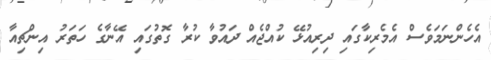
އެހެންނަމަވެސް އެމެރިކާގައި ދިރިއުޅޭ ކުއްޖެއް ދައުވާ ކުރާ ގޮތުގައި އޭނާގެ ހަތަރު އިންޗިއާ